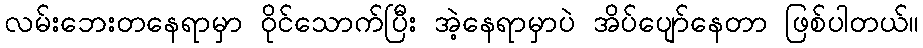
လမ်းဘေးတနေရာမှာ ဝိုင်သောက်ပြီး အဲ့နေရာမှာပဲ အိပ်ပျော်နေတာ ဖြစ်ပါတယ်။